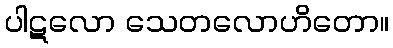
ပါဋလော သေတလောဟိတော။